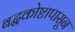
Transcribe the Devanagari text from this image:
बद्धकोष्टापासून